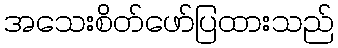
အသေးစိတ်ဖော်ပြထားသည်